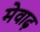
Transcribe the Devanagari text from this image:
मेवाढ़